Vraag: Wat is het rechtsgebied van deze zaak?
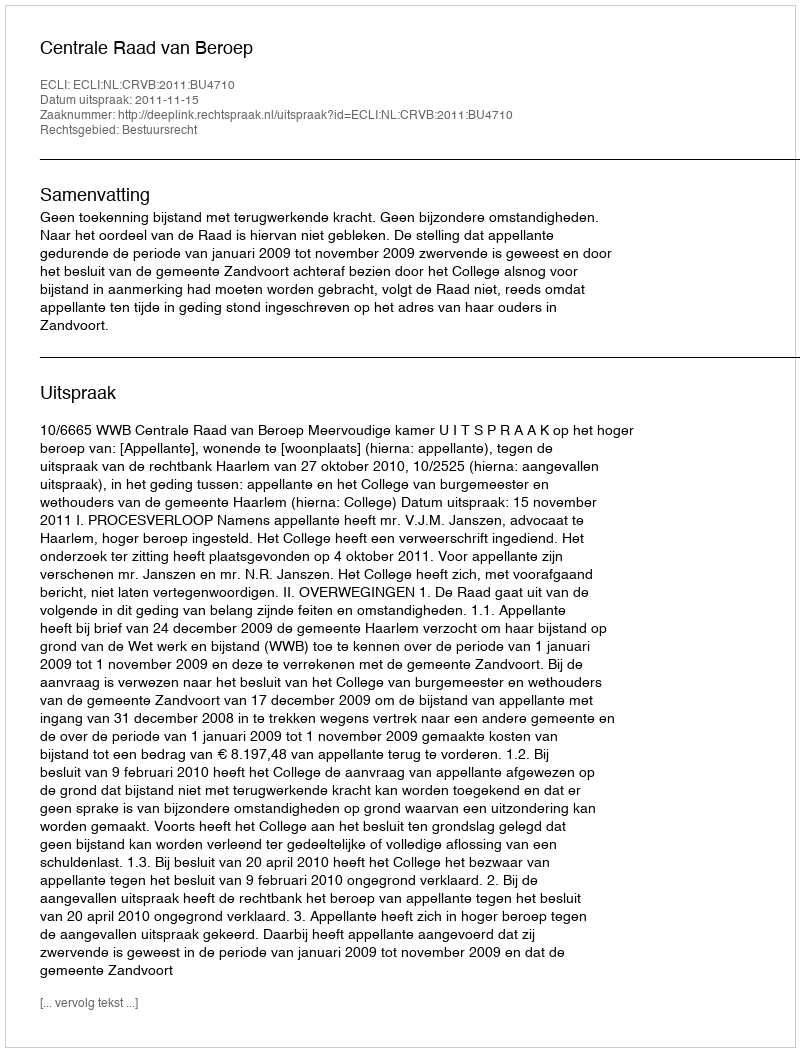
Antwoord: Bestuursrecht